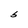
Character: b